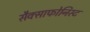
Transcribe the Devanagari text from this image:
सैक्साफोनिस्ट